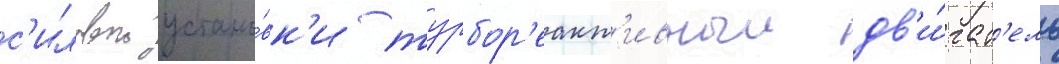
с'иловои устано́вк'и турбор'еакт'ивныи дв'и́гат'ель